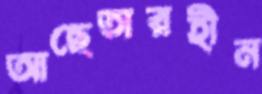
আছেতারহীন